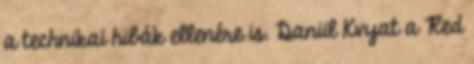
a technikai hibák ellenére is. Daniil Kvyat a Red